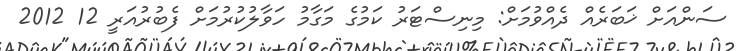
ސަންއަށް ޚަބަރެއް ދެއްވުމަށް: މިނިސްޓަރު ކަމުގެ މަގާމު ހަވާލުކުރުމަށް ފެބުރުއަރީ 12 2012